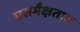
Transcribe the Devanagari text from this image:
प्रसमैक्षताथ